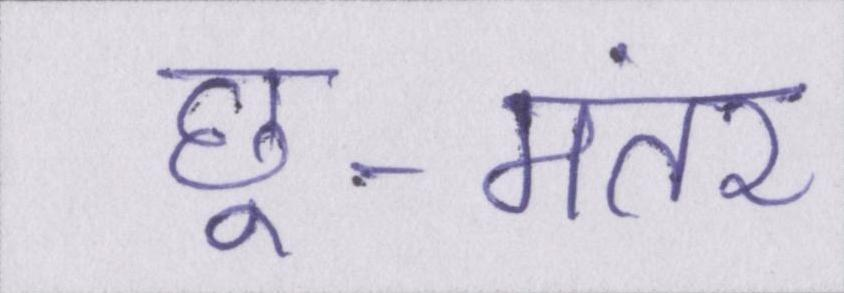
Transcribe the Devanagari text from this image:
छू-मंतर